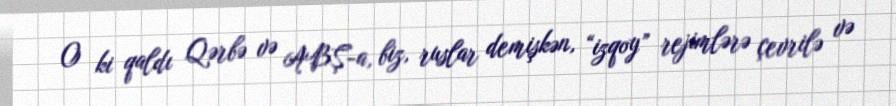
O ki qaldı Qərbə və ABŞ-a, biz, ruslar demişkən, “izqoy” rejimlərə çevrilə və